Account of plague administration in the Bombay Presidency from September 1896 till May 1897
Year: 1896
Disease focus: Plague
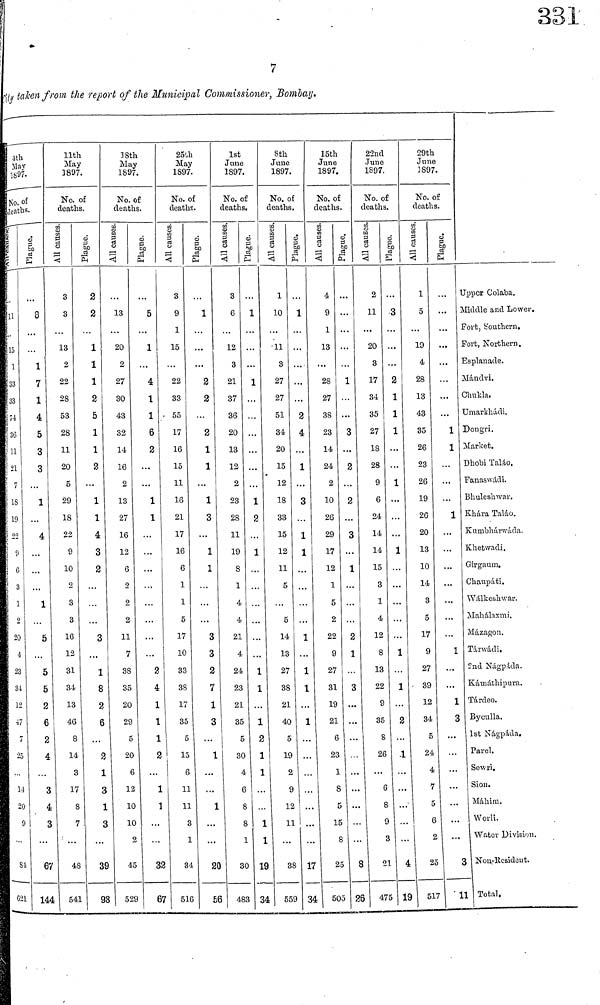
7
fit// taken from the report of the Municipal Commissioner, Bombay.
4th
May
1897.
No.of
deaths.
All causes
11
15
1
33
33
74
36
11
21
7
18
19
22
9
6
3
1
2
20
4
23
31
12
47
7
25
...
14
20
9
81
—
621
Plague
8
...
1
7
1
4
5
3
3
1
...
4
...
...
...
1
5
...
5
5
2
6
2
4
...
3
4
3
67
144
11th
May
1897.
No. of
deaths.
All causes
3
3
13
2
22
28
53
28
11
20
5
29
18
22
9
10
2
3
3
16
12
31
34
13
46
8
14
3
17
8
7
48
541
Plague
2
2
1
1
1
2
5
1
1
2
...
1
1
4
3
2
...
...
3
...
1
8
2
6
...
2
1
3
1
3
39
98
18th
May
1897.
No. of
deaths.
All causes
13
20
2
27
30
43
32
14
16
2
13
27
16
12
6
2
2
2
11
7
38
35
20
29
5
20
6
1
1
1
2
45
529
ω
Ρ
00
5
1
...
4
1
1
6
2
...
...
1
1
...
...
...
2
4
1
1
1
2
...
1
1
...
...
32
67
25th
May
1897.
No. of
deaths.
All causes
I
3
9
1
15
22
33
55
17
16
15
11
16
21
17
16
6
1
1
5
17
10
33
38
17
35
5
15
6
11
11
3
1
34
51C
Plague
1
...
...
2
2
...
2
1
1
1
3
...
1
1
...
...
3
3
2
7
1
3
1
...
. . .
1
. . .
...
20
Sí
1st
June
1897,
No. of
deaths.
All causes
3
6
12
3
21
37
36
20
13
12
2
23
28
11
19
8
1
4
4
21
4
24
23
21
35
5
30
4
6
S
8
1
30
i
483
Plague
1
1
. . .
1
2
1
.,
. . .
. . .
1
1
1
2
1
1
. . .
1
1
1£
34
8th
June
1897.
No. of
deaths.
All causes
1
10
11
3
27
27
51
34
20
15
12
18
33
15
12
11
5
. . .
5
14
13
27
38
21
40
5
19
2
9
12
11
19 38
34 559
Plague
1
. . .
. .·
2
4
1
..
3
1
1
...
. . .
1
1
1
. . .
1
. . .
. . .
. . .
. . .
··
17
34
15th
Jane
1897
No. of
deaths
All causes Plague
I
4
9
1
13
28
27
38
23
14
24
2
10
26
29
17
12
1
5
2
22
9
27
31
19
21
6
23
1
8
5
15
8
25
50
...
...
...
...
1
...
...
3
...
3
2
...
3
...
1
...
...
...
2
1
..
3
..
..
..
..
,.
.
.
.
.
5
All causes
1
2
.
8
26
22nd
June
1897.
No. of
deaths.
I
2
1
0
3
17
34
35
27
18
28
9
6
24
14
14
15
3
1
4
12
8
13
22
9
35
8
26
6
8
9
3
21
47
Plague
3
...
...
2
1
1
1
...
1
...
...
...
1
...
...
. . .
1
...
1
2
...
1
...
4
1
29th
June
a 897.
No. of
deaths.
All causes
1
5
10
4
28
13
43
35
26
23
26
19
26
20
13
10
14
3
5
17
9
27
39
12
34
5
24
4
7
5
6
2
4
25
9 517
Plague
...
...
...
...
1
1
...
...
1
,..
...
...
...
...
...
1
...
...
1
3
...
...
...
7
1
Upper Colaba.
Middle and Lower.
Fort, Southern.
Fort, Northern.
Esplanade.
Mándvi.
Chukla.
Umarkhadi.
Dongri.
Market.
Dhobi Talao,
Fanaswádi,
Bhuleshwar,
Khára Taláo.
KumbharwtUla.
Khetwadi.
Girgaum.
Chaupati.
Walkeshswar.
Mahalaxmi.
Mázagon,
Tárwádi.
2nd Nagpada.
Kámathipura.
Tárdeo.
Byculla.
1st Nagpada.
Parel.
Sewri.
Sion.
Mahirn.
Worli.
Water Division.
3 Non-Resident.
11 Total,